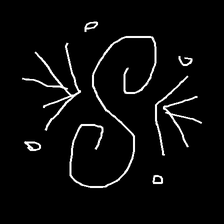
Glyph: aeroform